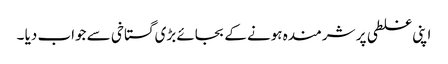
اپنی غلطی پر شرمندہ ہونے کے بجائے بڑی گستاخی سے جواب دیا ۔